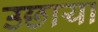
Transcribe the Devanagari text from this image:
उछाया